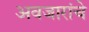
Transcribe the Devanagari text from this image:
अवजारांचे